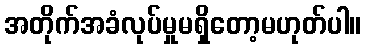
အတိုက်အခံလုပ်မှုမရှိတော့မဟုတ်ပါ။